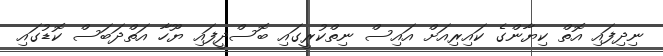
ނިދިފައި އޮތް ކިޔާންގެ ކައިރިއަށް އައިސް ނިތްކުރީގައި ބޮސްދީފައި ޔޫހާ އަތްދަބަސް ކޮޑުގައި